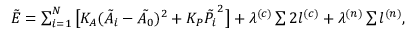
\begin{array} { r } { \tilde { E } = \sum _ { i = 1 } ^ { N } \big [ K _ { A } ( \tilde { A _ { i } } - \tilde { A _ { 0 } } ) ^ { 2 } + K _ { P } \tilde { P _ { i } } ^ { 2 } \big ] + \lambda ^ { ( c ) } \sum 2 l ^ { ( c ) } + \lambda ^ { ( n ) } \sum l ^ { ( n ) } , } \end{array}